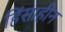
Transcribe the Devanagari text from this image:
हिंसाहीन